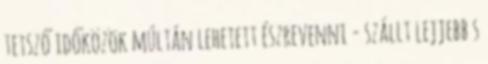
tetsző időközök múltán lehetett észrevenni - szállt lejjebb s